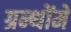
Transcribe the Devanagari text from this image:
ग्रन्थोंमें